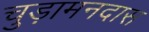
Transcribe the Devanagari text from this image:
चुड़ामनदास